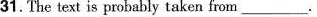
31.The text is probably taken from ___.